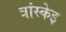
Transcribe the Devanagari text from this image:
त्रांस्केइ